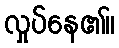
လှုပ်နေ၏။